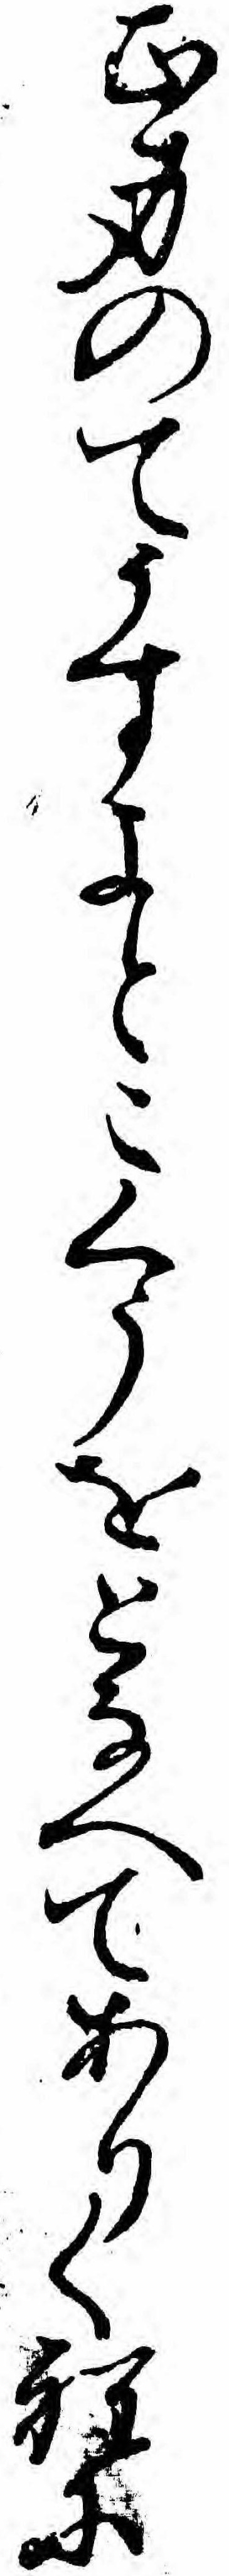
正身のてうすよとこくうをとなへてありく程に